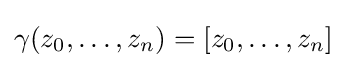
\gamma (z_{0},\ldots ,z_{n})=[z_{0},\ldots ,z_{n}]